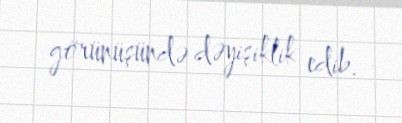
görünüşündə dəyişiklik edib.